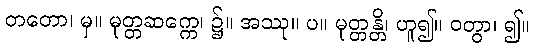
တတော၊ မှ။ မုတ္တဆက္ကေ၊ ၌။ အဿု။ ပ။ မုတ္တန္တိ၊ ဟူ၍။ ဝတွာ၊ ၍။